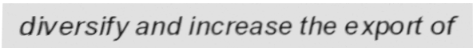
diversify and increase the export of